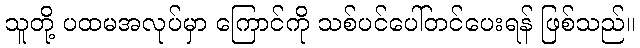
သူတို့ ပထမအလုပ်မှာ ကြောင်ကို သစ်ပင်ပေါ်တင်ပေးရန် ဖြစ်သည်။